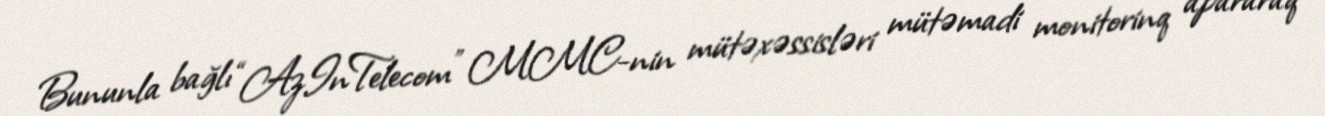
Bununla bağlı “AzInTelecom” MMC-nin mütəxəssisləri mütəmadi monitorinq apararaq